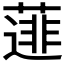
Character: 𮑋